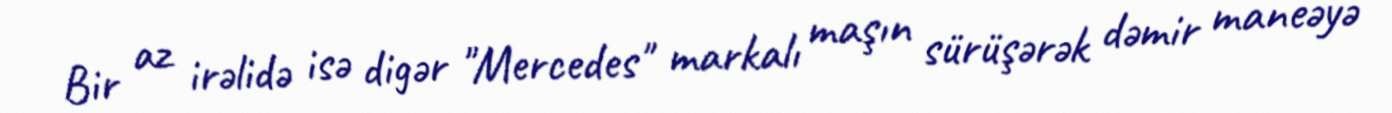
Bir az irəlidə isə digər "Mercedes" markalı maşın sürüşərək dəmir maneəyə